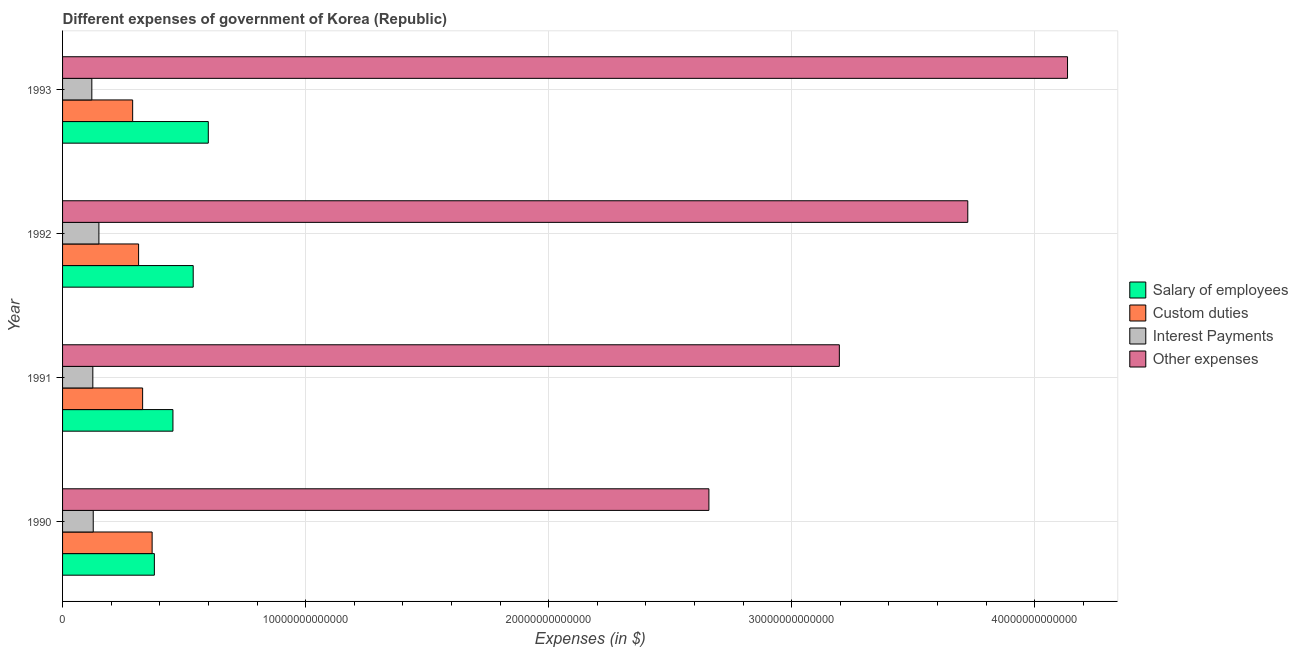
| Year | Salary of employees | Custom duties | Interest Payments | Other expenses |
 | --- | --- | --- | --- | --- |
 | 1990 | 3.78e+12 | 3.68e+12 | 1.26e+12 | 2.66e+13 |
 | 1991 | 4.54e+12 | 3.29e+12 | 1.24e+12 | 3.2e+13 |
 | 1992 | 5.38e+12 | 3.13e+12 | 1.5e+12 | 3.72e+13 |
 | 1993 | 6e+12 | 2.88e+12 | 1.2e+12 | 4.13e+13 |